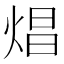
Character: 焻